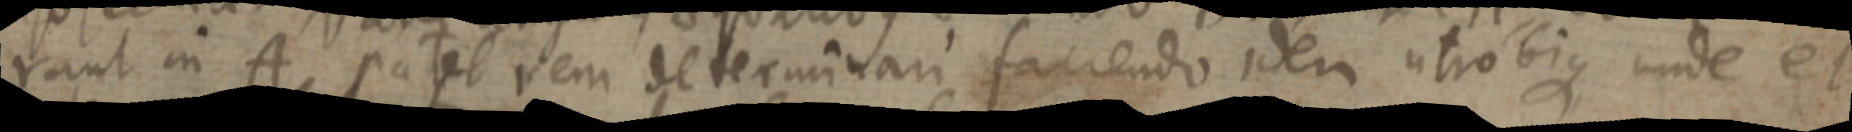
rant in A patet rem determinari faciendo idem utrobique unde et